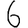
Digit: 6